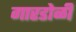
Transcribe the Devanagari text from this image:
गारडोळी